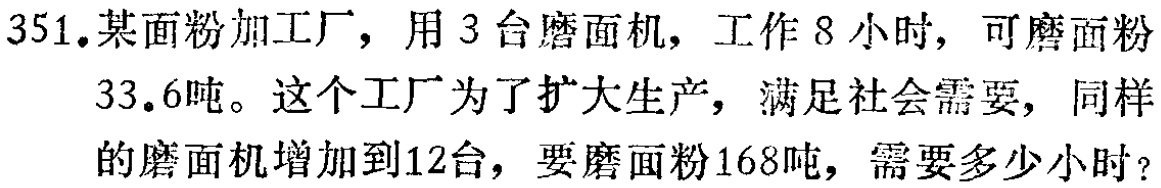
351.某面粉加工厂，用3台磨面机，工作8小时，可磨面粉33.6吨。这个工厂为了扩大生产，满足社会需要，同样的磨面机增加到12台，要磨面粉168吨，需要多少小时？